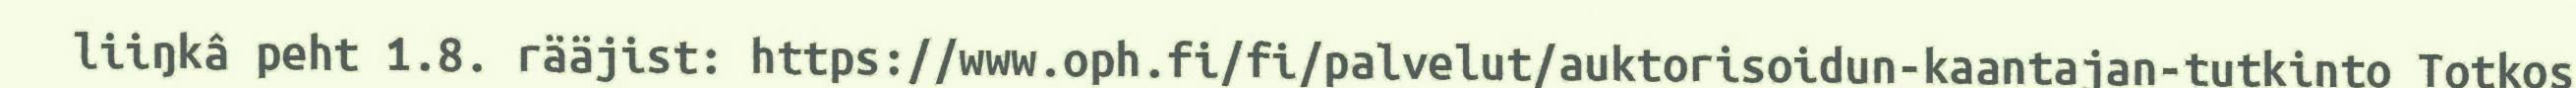
liiŋkâ peht 1.8. rääjist: https://www.oph.fi/fi/palvelut/auktorisoidun-kaantajan-tutkinto Totkos